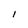
Character: l